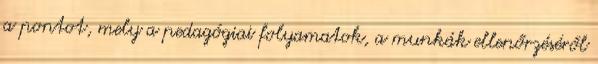
a pontot, mely a pedagógiai folyamatok, a munkák ellenőrzéséről